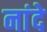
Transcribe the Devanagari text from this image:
नांदे